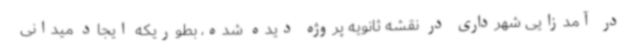
در آمدزایی شهرداری در نقشه ثانویه پروژه دیده شده، بطوریکه ایجاد میدانی